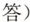
答）